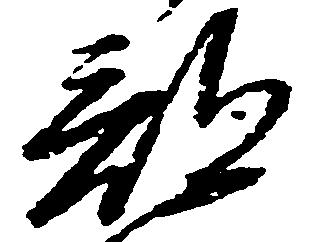
部